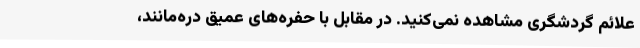
علائم گردشگری مشاهده نمی‌کنید. در مقابل با حفره‌های عمیق دره‌مانند،